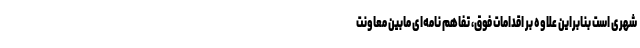
شهری است بنابراین علاوه بر اقدامات فوق، تفاهم نامه‌ای مابین معاونت